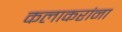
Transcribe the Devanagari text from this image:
कलाकरांना